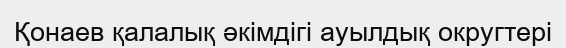
Қонаев қалалық әкімдігі ауылдық округтері